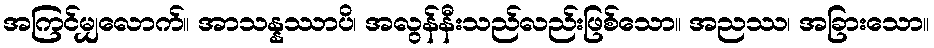
အကြင်မျှလောက်။ အာသန္နဿာပိ၊ အလွန်နီးသည်လည်းဖြစ်သော။ အညဿ၊ အခြားသော။